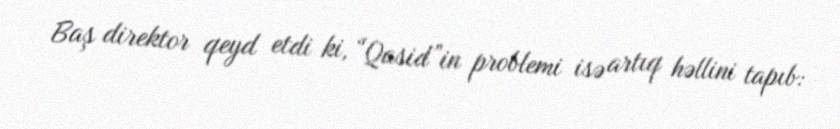
Baş direktor qeyd etdi ki, “Qasid”in problemi isə artıq həllini tapıb: